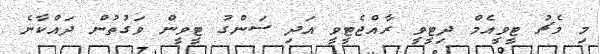
މި މެޗު ޓީވީއެމް ދިޓީވީ ރާއްޖެޓީވީ އަދި ސަންގު ޓީވީން ވަގުތުން ދައްކާނެ